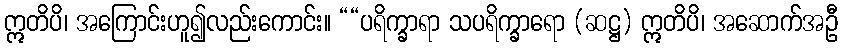
ဣတိပိ၊ အကြောင်းဟူ၍လည်းကောင်း။ ““ပရိက္ခာရာ သပရိက္ခာရော (ဆဋ္ဌ) ဣတိပိ၊ အဆောက်အဦ